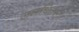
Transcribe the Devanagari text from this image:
जलधितरंग।